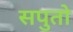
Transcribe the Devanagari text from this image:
सपुतो